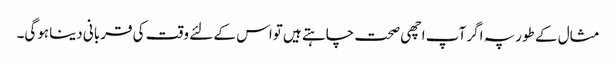
مثال کے طورپہ اگر آپ اچھی صحت چاہتے ہیں تواس کے لئے وقت کی قربانی دیناہوگی۔